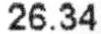
26.34